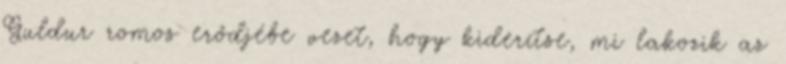
Guldur romos erődjébe vezet, hogy kiderítse, mi lakozik az